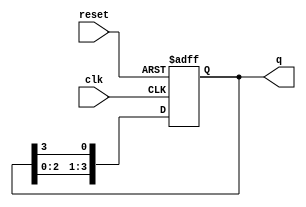
module ring_counter (
    input wire clk,       // Clock signal
    input wire reset,     // Asynchronous reset signal
    output reg [n-1:0] q  // Output of the ring counter
);
    parameter n = 4; // Number of flip-flops (you can change this value)

    // Always block for synchronous operation
    always @(posedge clk or posedge reset) begin
        if (reset) begin
            // Initialize the counter: only the first flip-flop is set to '1'
            q <= 1'b1;  // Set the first flip-flop to '1', others to '0'
        end else begin
            // Shift the '1' through the flip-flops
            q <= {q[n-2:0], q[n-1]}; // Shift left and wrap around
        end
    end
endmodule